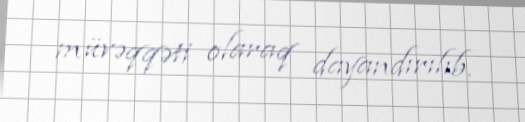
müvəqqəti olaraq dayandırılıb.